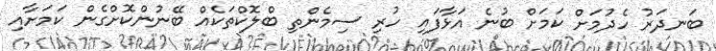
ބަނދަރު ހެދުމަށް ކަމަށް ބުނެ އަޅާފައި ހުރި ސިމެންތި ބްލޮކްތަކެއް ބޭނުންކޮށްގެން ކަމަށާއި